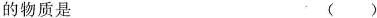
的物质是 ( )